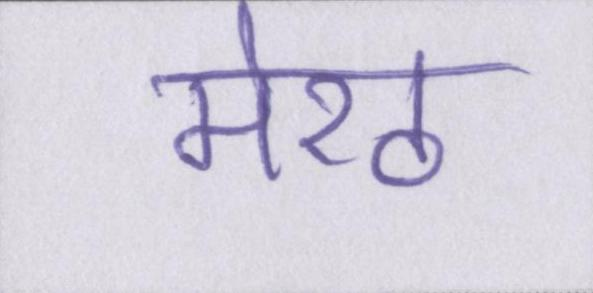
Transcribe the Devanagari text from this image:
मेरठ